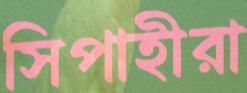
সিপাহীরা